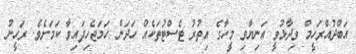
އަބްދުއްރަހީމް ވިދާޅުވީ އަނިޔާވި މީހާގެ އިތުރު ޓެސްޓުތަކެއް ހަދަން ހަމަޖެހިފައިވާ ކަމަށެވެ. ރަހީނު